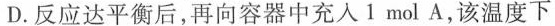
D.反应达平衡后，再向容器中充入1mol A，该温度下